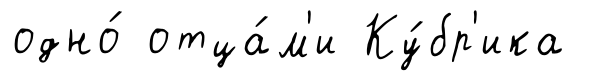
одно́ отца́м'и Ку́бр'ика